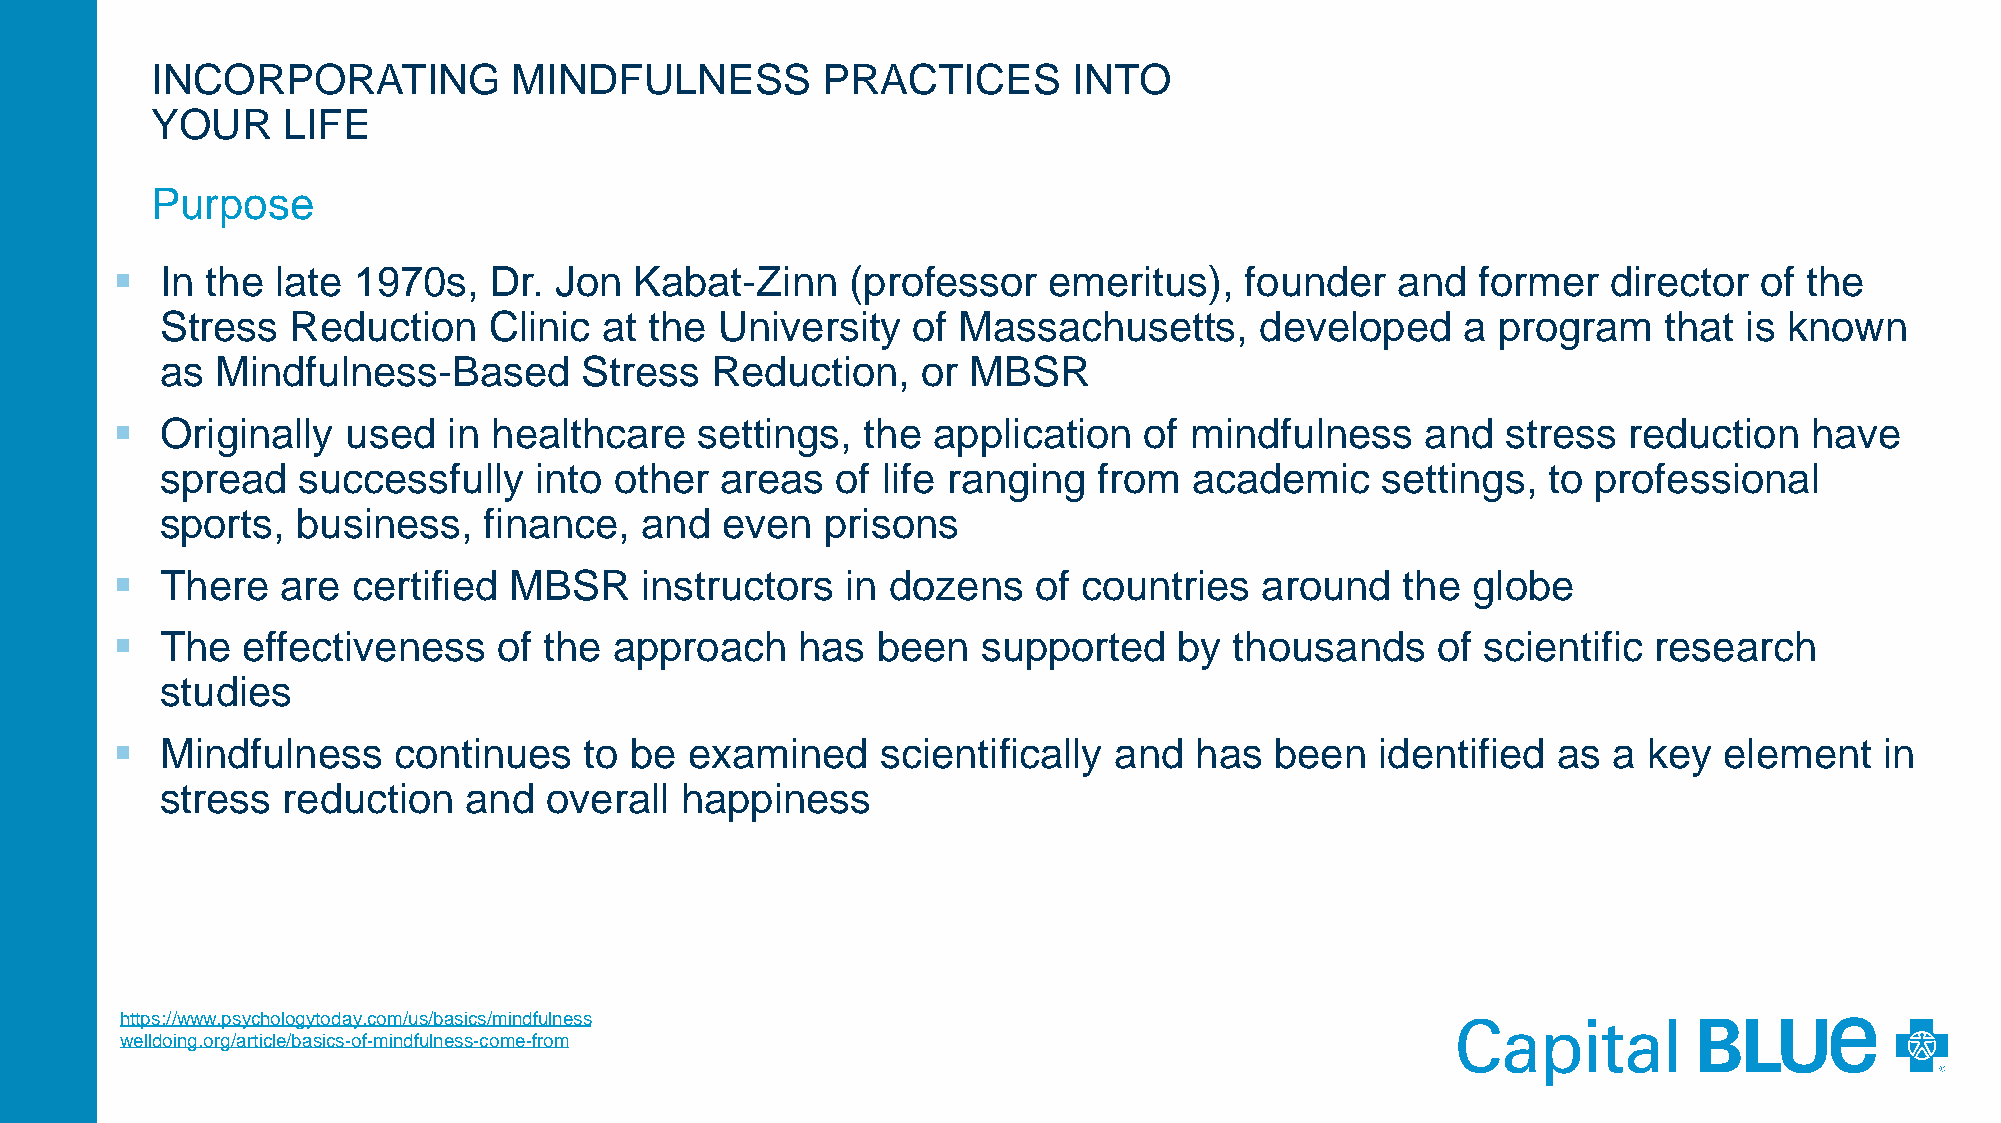
INCORPORATING           MINDFULNESS         PRACTICES        INTO
 YOUR     LIFE
 Purpose
    In the late 1970s,   Dr.  Jon  Kabat-Zinn    (professor   emeritus),   founder   and   former   director of  the
 Stress  Reduction    Clinic  at the University   of Massachusetts,      developed     a program    that is known
 as Mindfulness-Based       Stress   Reduction,    or MBSR
    Originally  used   in healthcare   settings,  the  application   of mindfulness    and   stress  reduction   have
 spread   successfully   into  other  areas  of life ranging   from  academic    settings,  to  professional
 sports,  business,   finance,  and   even   prisons
    There   are certified  MBSR    instructors   in dozens   of  countries  around    the globe
    The  effectiveness    of the  approach    has  been   supported    by  thousands    of scientific research
 studies
    Mindfulness    continues    to be  examined    scientifically  and  has  been   identified  as  a key  element    in
 stress  reduction   and  overall  happiness
 https://www.psychologytoday.com/us/basics/mindfulness
 welldoing.org/article/basics-of-mindfulness-come-from